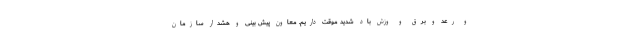
و رعد و برق و وزش باد شدید موقت داریم. معاون پیش بینی و هشدار سازمان